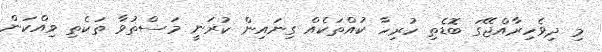
މި ދިވެހިރާއްޖޭގަ ބޮޑެތި ހުރިހާ ކުއްތަކެއް ގިނައިން ކުރަނީ މަސްތުވާ ތަކެތި ވިއްކަން